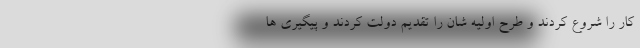
کار را شروع کردند و طرح اولیه شان را تقدیم دولت کردند و پیگیری ها